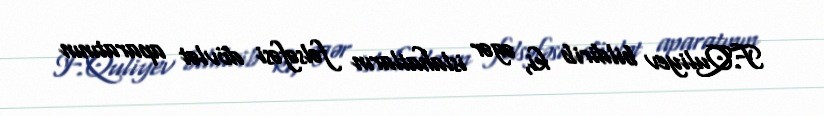
F.Quliyev bildirib ki, əgər islahatların fəlsəfəsi dövlət aparatının